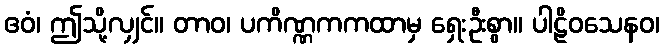
ဧဝံ၊ ဤသို့လျှင်။ တာဝ၊ ပကိဏ္ဏကကထာမှ ရှေးဦးစွာ။ ပါဠိဝသေနဝ၊